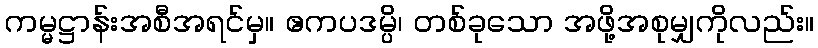
ကမ္မဋ္ဌာန်းအစီအရင်မှ။ ဧကပဒမ္ပိ၊ တစ်ခုသော အဖို့အစုမျှကိုလည်း။